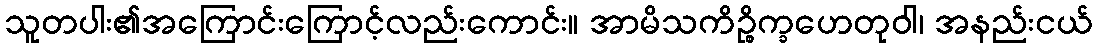
သူတပါး၏အကြောင်းကြောင့်လည်းကောင်း။ အာမိသကိဉ္စိက္ခဟေတုဝါ၊ အနည်းငယ်